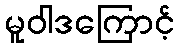
မူဝါဒကြောင့်